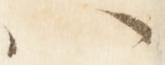
ハ